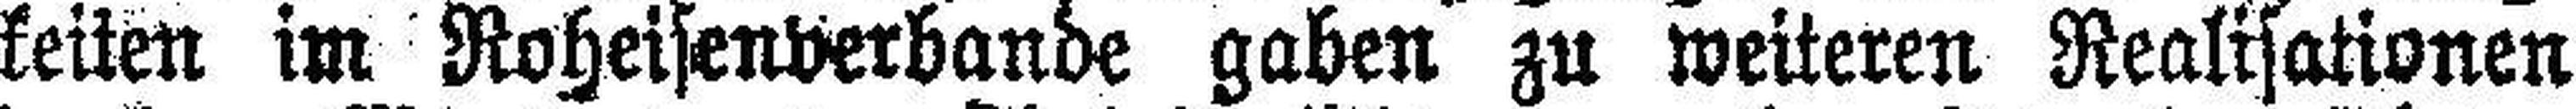
keiten im Roheisenverbande gaben zu weiteren Realisationen